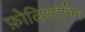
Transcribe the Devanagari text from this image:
फ़ोलिस्टेनिन